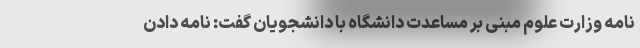
نامه وزارت علوم مبنی بر مساعدت دانشگاه با دانشجویان گفت: نامه دادن